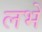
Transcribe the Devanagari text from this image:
लभे